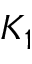
K _ { 1 }